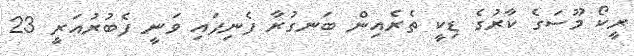
ރީކޯ މޫސަގެ ކާރުގެ ޑިކީ ތެރެއިން ބަނގުރާ ފެނިފައި ވަނީ ފެބުރުއަރީ 23